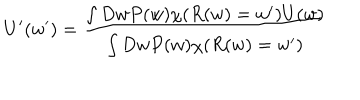
U ^ { \prime } ( w ^ { \prime } ) = \frac { \int D w P ( w ) \chi ( R ( w ) = w ^ { \prime } ) U ( w ) } { \int D w P ( w ) \chi ( R ( w ) = w ^ { \prime } ) }